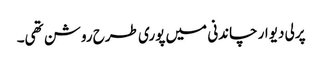
پرلی دیوار چاندنی میں پوری طرح روشن تھی۔